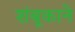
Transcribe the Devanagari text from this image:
शंबूकाने